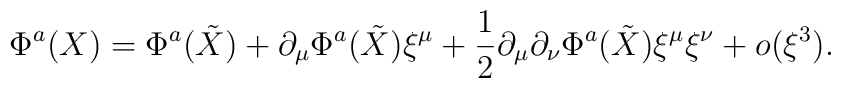
\Phi^a(X)=\Phi^a(\tilde {X})+\partial_\mu\Phi^a(\tilde{X})\xi^\mu+\frac{1}{2}\partial_\mu\partial_\nu\Phi^a(\tilde{X})\xi^\mu\xi^\nu+o(\xi^3).